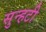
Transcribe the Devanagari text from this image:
सुन्हटी